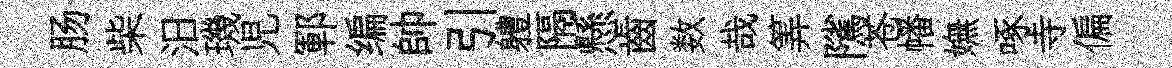
肠柴汨璣児鄆编帥引軆隔懸齒数哉筭隲苍幡嫵啄寺偏